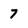
Character: 7